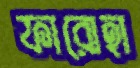
ফারোহা